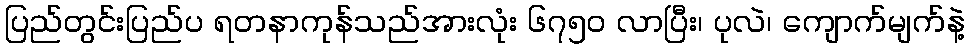
ပြည်တွင်းပြည်ပ ရတနာကုန်သည်အားလုံး ၆၇၅ဝ လာပြီး၊ ပုလဲ၊ ကျောက်မျက်နဲ့